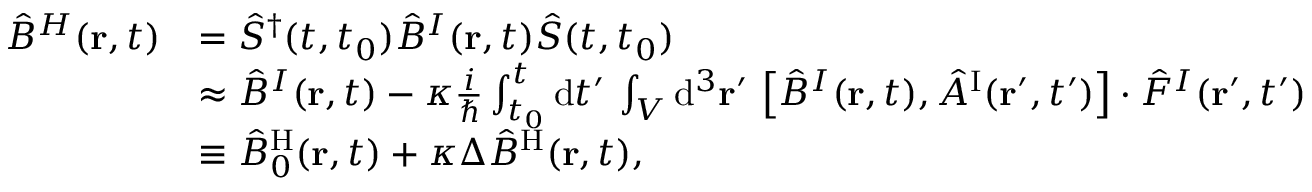
\begin{array} { r l } { \hat { B } ^ { H } ( { \bf r } , t ) } & { = \hat { S } ^ { \dagger } ( t , t _ { 0 } ) \hat { B } ^ { I } ( { \bf r } , t ) \hat { S } ( t , t _ { 0 } ) } \\ & { \approx \hat { B } ^ { I } ( { \bf r } , t ) - \kappa \frac { i } { \hbar } \int _ { t _ { 0 } } ^ { t } \mathrm { d } t ^ { \prime } \, \int _ { \cal V } \mathrm { d } ^ { 3 } { \bf r } ^ { \prime } \, \left[ \hat { B } ^ { I } ( { \bf r } , t ) , \hat { A } ^ { \mathrm { I } } ( { \bf r } ^ { \prime } , t ^ { \prime } ) \right] \cdot \hat { F } ^ { I } ( { \bf r } ^ { \prime } , t ^ { \prime } ) } \\ & { \equiv \hat { B } _ { 0 } ^ { \mathrm { H } } ( { \bf r } , t ) + \kappa \Delta \hat { B } ^ { \mathrm { H } } ( { \bf r } , t ) , } \end{array}